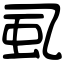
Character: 虱